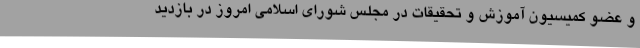
و عضو کمیسیون آموزش و تحقیقات در مجلس شورای اسلامی امروز در بازدید